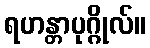
ရဟန္တာပုဂ္ဂိုလ်။